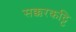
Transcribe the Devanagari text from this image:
सक्करकट्टि